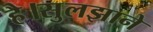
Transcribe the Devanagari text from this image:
है।सुलझाने